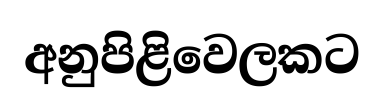
අනුපිළිවෙලකට